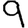
Digit: 9